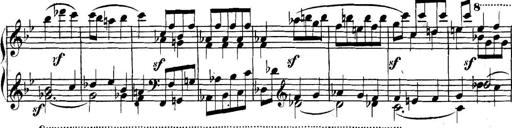
Title: Collected Piano Sonatas
Composer: Muzio Clementi